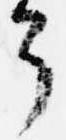
了